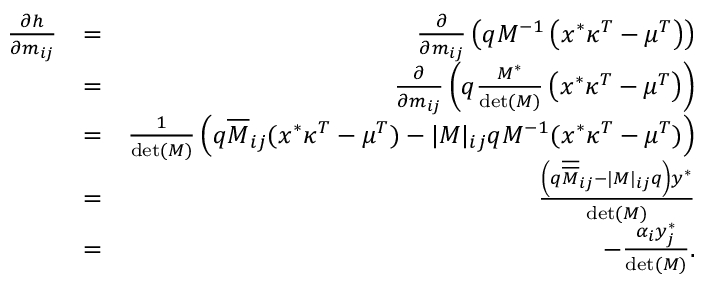
\begin{array} { r l r } { \frac { \partial h } { \partial m _ { i j } } } & { = } & { \frac { \partial } { \partial m _ { i j } } \left( \boldsymbol q M ^ { - 1 } \left( x ^ { * } \boldsymbol \kappa ^ { T } - \boldsymbol \mu ^ { T } \right) \right) } \\ & { = } & { \frac { \partial } { \partial m _ { i j } } \left( \boldsymbol q \frac { M ^ { * } } { \operatorname* { d e t } ( M ) } \left( x ^ { * } \boldsymbol \kappa ^ { T } - \boldsymbol \mu ^ { T } \right) \right) } \\ & { = } & { \frac { 1 } { \operatorname* { d e t } ( M ) } \left( \boldsymbol q \overline { M } _ { i j } ( x ^ { * } \boldsymbol \kappa ^ { T } - \boldsymbol \mu ^ { T } ) - | M | _ { i j } \boldsymbol q M ^ { - 1 } ( x ^ { * } \boldsymbol \kappa ^ { T } - \boldsymbol \mu ^ { T } ) \right) } \\ & { = } & { \frac { \left( \boldsymbol q \overline { { \overline { M } } } _ { i j } - | M | _ { i j } \boldsymbol q \right) \boldsymbol y ^ { * } } { \operatorname* { d e t } ( M ) } } \\ & { = } & { - \frac { \alpha _ { i } y _ { j } ^ { * } } { \operatorname* { d e t } ( M ) } . } \end{array}